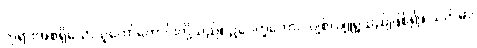
ဘုရားအစရှိသောသူတော်ကောင်းတို့သည်။ ဥပေက္ခကော၊ လျစ်လျူရှုသည်ဖြစ်၍။ သတိမာ၊